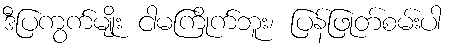
ဒီပြကွက်မျိုး ငါမကြိုက်ဘူး၊ ပြန်ဖြုတ်စမ်းပါ